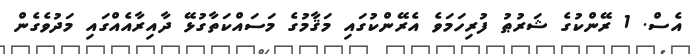
އެސް. 1 ރޭންކުގެ ޝަރުޠު ފުރިހަމަވެ އެރޭންކުގައި މަޤާމުގެ މަސައްކަތާގުޅޭ ދާއިރާއެއްގައި މަދުވެގެން